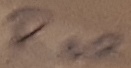
Text: ROR